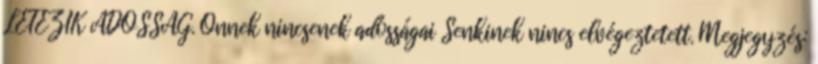
LÉTEZIK ADÓSSÁG. Önnek nincsenek adósságai Senkinek nincs elvégeztetett. Megjegyzés: